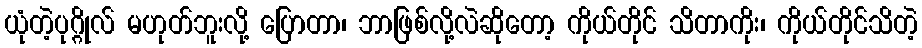
ယုံတဲ့ပုဂ္ဂိုလ် မဟုတ်ဘူးလို့ ပြောတာ၊ ဘာဖြစ်လို့လဲဆိုတော့ ကိုယ်တိုင် သိတာကိုး၊ ကိုယ်တိုင်သိတဲ့